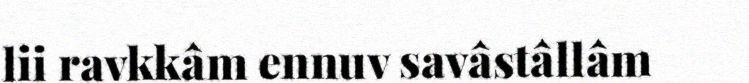
lii ravkkâm ennuv savâstâllâm